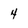
Character: 4